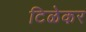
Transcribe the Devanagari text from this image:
टिळेकर